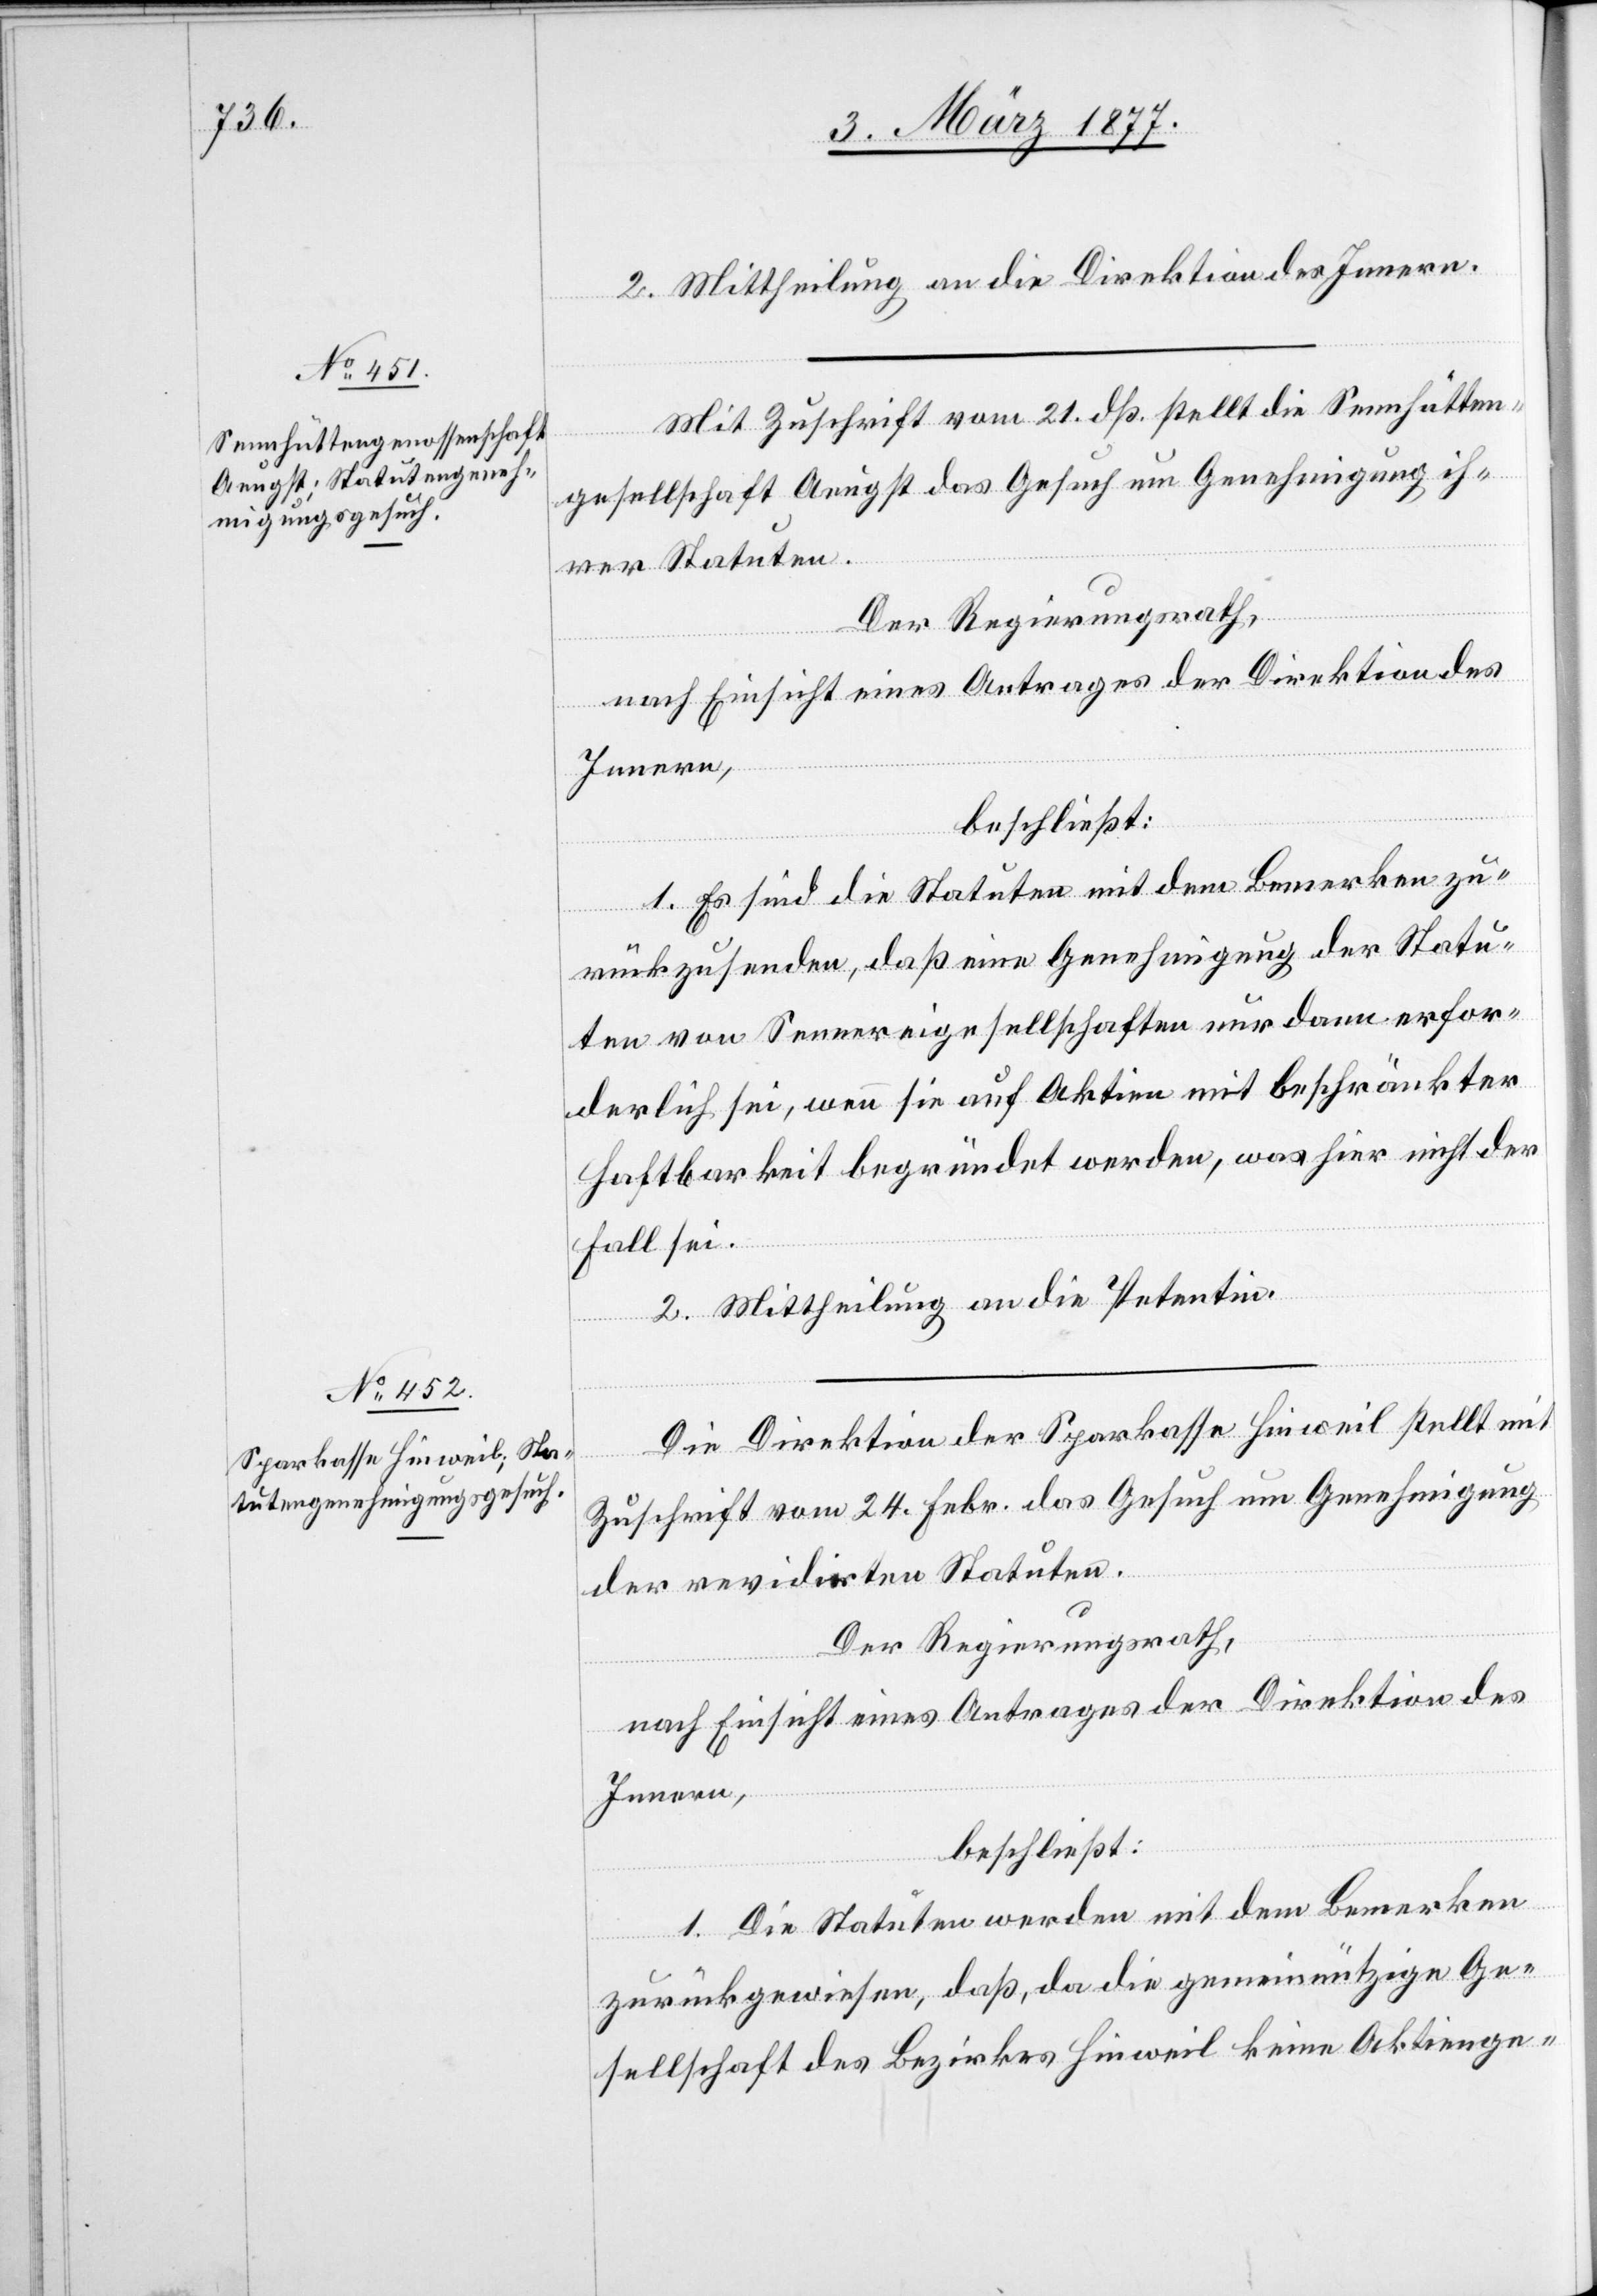
2. Mittheilung an die Direktion des Innern.
Mit Zuschrift vom 21. dß. stellt die Sennhütten¬
gesellschaft Aeugst das Gesuch um Genehmigung ih¬
rer Statuten.
Der Regierungsrath,
nach Einsicht eines Antrages der Direktion des
Innern,
beschließt:
1. Es sind die Statuten mit dem Bemerken zu¬
rückzusenden, daß eine Genehmigung der Statu¬
ten von Sennereigesellschaften nur dann erfor¬
derlich sei, wenn sie auf Aktien mit beschränkter
Haftbarkeit begründet werden, was hier nicht der
Fall sei.
2. Mittheilung an die Petentin.
Die Direktion der Sparkasse Hinweil stellt mit
Zuschrift vom 24. Febr. das Gesuch um Genehmigung
der revidirten Statuten.
Der Regierungsrath,
nach Einsicht eines Antrages der Direktion des
Innern,
beschließt:
1. Die Statuten werden mit dem Bemerken
zurückgewiesen, daß, da die gemeinnützige Ge¬
sellschaft des Bezirkes Hinweil keine Aktienge-